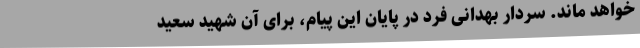
خواهد ماند. سردار بهدانی فرد در پایان این پیام، برای آن شهید سعید